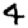
Digit: 4